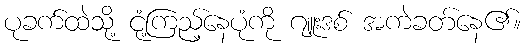
ပုခက်ထဲသို့ ငုံ့ကြည့်နေပုံကို ဂျူးဒစ် အကဲခတ်နေ၏။